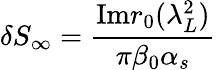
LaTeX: \delta S_{\infty}={\frac{\mathrm{Im}r_{0}(\lambda_{L}^{2})}{\pi\beta_{0}\alpha_{s}}}